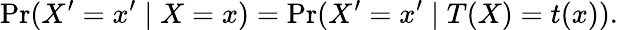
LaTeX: \operatorname*{Pr}(X^{\prime}=x^{\prime}\mid X=x)=\operatorname*{Pr}(X^{\prime}=x^{\prime}\mid T(X)=t(x)).